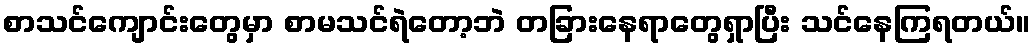
စာသင်ကျောင်းတွေမှာ စာမသင်ရဲတော့ဘဲ တခြားနေရာတွေရှာပြီး သင်နေကြရတယ်။